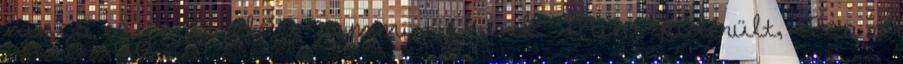
nincs egymás előtt semmi titkunk. Mint kiderült, Iza a